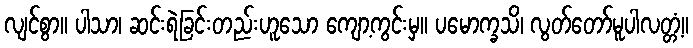
လျင်စွာ။ ပါသာ၊ ဆင်းရဲခြင်းတည်းဟူသော ကျော့ကွင်းမှ။ ပမောက္ခသိ၊ လွတ်တော်မူပါလတ္တံ့။